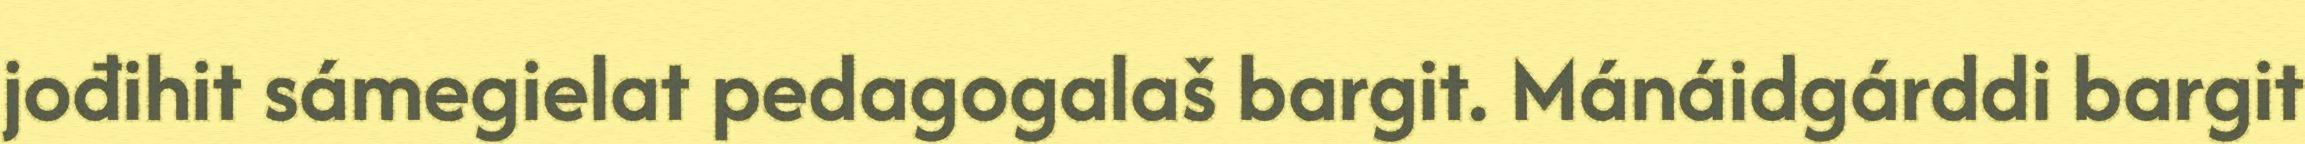
jođihit sámegielat pedagogalaš bargit. Mánáidgárddi bargit